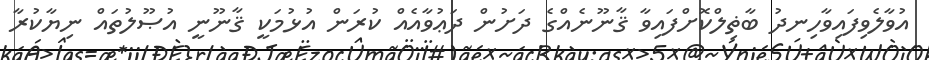
އުވާލެވިފައިވާހިނދު ބާޡިލްކޮށްފައިވާ ޤާނޫނެއްގެ ދަށުން ދަޢުވާއެއް ކުރަން އުޅުމަކީ ޤާނޫނީ އުޞޫލުތައް ނިޔާކުރާ